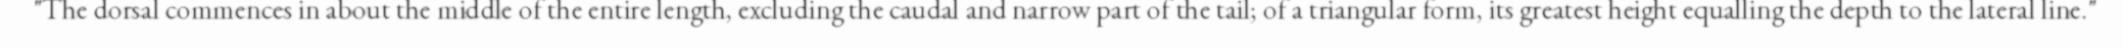
"The dorsal commences in about the middle of the entire length, excluding the caudal and narrow part of the tail; of a triangular form, its greatest height equalling the depth to the lateral line."